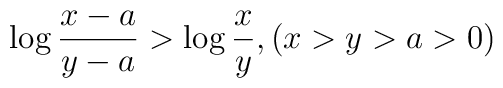
\log\frac{x-a}{y-a}>\log\frac{x}{y},(x>y>a>0)